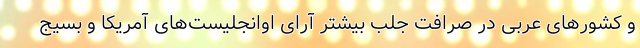
و کشورهای عربی در صرافت جلب بیشتر آرای اوانجلیست‌های آمریکا و بسیج